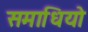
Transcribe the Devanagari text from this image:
समाधियो